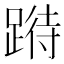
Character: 𨃉